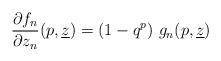
LaTeX: \begin{align*}\frac{\partial f_{n}}{\partial z_{n}}(p,\underline{z})=(1-q^{p})~g_{n}(p,\underline{z}) \end{align*}